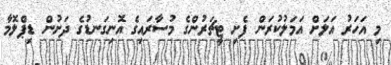
މި އަހަރު އަލަށް އަމަލުކުރަން ފެށި ޓީޗަރުންގެ މުސާރައިގެ އޮނިގަނޑުގެ ދަށުން ޑިޕްލޮމާ